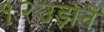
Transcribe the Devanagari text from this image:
१२उड़ानें